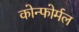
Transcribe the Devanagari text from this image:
कोन्फोर्मल